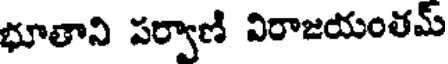
భూతాని పర్వాణి విరాజయంతమ్